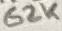
Text: 62K